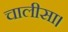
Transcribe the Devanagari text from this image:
चालीसा।